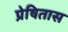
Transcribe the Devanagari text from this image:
प्रेषितास